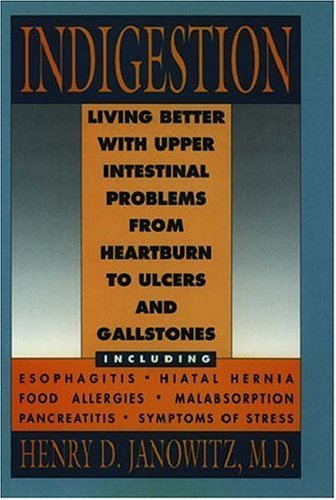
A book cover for Indigestion: Living Better with Upper Intestinal Problems from Heartburn to Ulcers and Gallstones; Henry D. Janowitz; Health, Fitness & Dieting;